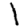
Digit: 1